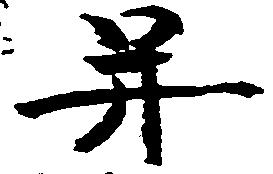
并